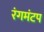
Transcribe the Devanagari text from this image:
रंगमंटप